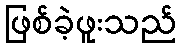
ဖြစ်ခဲ့ဖူးသည်